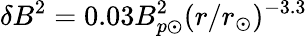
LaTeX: \delta B^{2}=0.03B_{p\odot}^{2}(r/r_{\odot})^{-3.3}